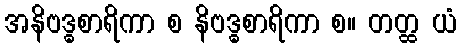
အနိဗဒ္ဓစာရိကာ စ နိဗဒ္ဓစာရိကာ စ။ တတ္ထ ယံ